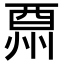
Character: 𨠩